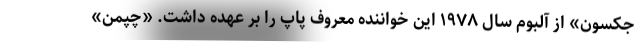
جکسون» از آلبوم سال ۱۹۷۸ این خواننده معروف پاپ را بر عهده داشت. «چپمن»